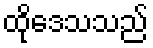
ထိုဒေသသည်